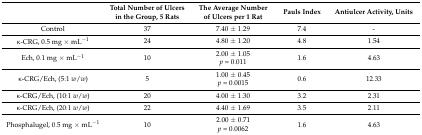
|  | Total Number of Ulcers in the Group, 5 Rats | The Average Number of Ulcers per 1 Rat | Pauls Index | Antiulcer Activity, Units |
 | --- | --- | --- | --- | --- |
 | Control | 37 | 7.40 ± 1.29 | 7.4 | - |
 | κ-CRG, 0.5 mg × mL−1 | 24 | 4.80 ± 1.20 | 4.8 | 1.54 |
 | Ech, 0.1 mg × mL−1 | 10 | 2.00 ± 1.05p = 0.011 | 1.6 | 4.63 |
 | κ-CRG/Ech, (5:1 w/w) | 5 | 1.00 ± 0.45p = 0.0015 | 0.6 | 12.33 |
 | κ-CRG/Ech, (10:1 w/w) | 20 | 4.00 ± 1.30 | 3.2 | 2.31 |
 | κ-CRG/Ech, (20:1 w/w) | 22 | 4.40 ± 1.69 | 3.5 | 2.11 |
 | Phosphalugel, 0.5 mg × mL−1 | 10 | 2.00 ± 0.71p = 0.0062 | 1.6 | 4.63 |